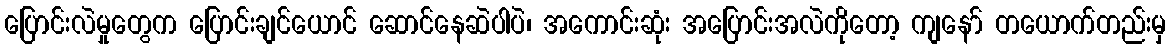
ပြောင်းလဲမှုတွေက ပြောင်းချင်ယောင် ဆောင်နေဆဲပါပဲ၊ အကောင်းဆုံး အပြောင်းအလဲကိုတော့ ကျနော် တယောက်တည်းမှ